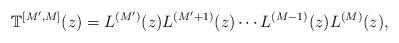
LaTeX: \begin{align*}\mathbb{T}^{[M', M]}(z)=L^{(M')}(z)L^{(M'+1)}(z)\cdots L^{(M-1)}(z)L^{(M)}(z), \end{align*}